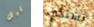
قبل تشتكي